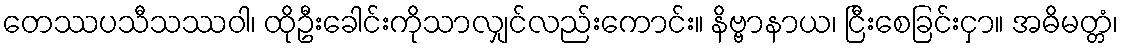
တေဿပသီသဿဝါ၊ ထိုဦးခေါင်းကိုသာလျှင်လည်းကောင်း။ နိဗ္ဗာနာယ၊ ငြီးစေခြင်းငှာ။ အဓိမတ္တံ၊